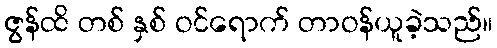
ဇွန်ထိ တစ် နှစ် ဝင်ရောက် တာဝန်ယူခဲ့သည်။